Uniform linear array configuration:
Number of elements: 64
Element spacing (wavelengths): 1
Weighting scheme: hann
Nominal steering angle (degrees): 0
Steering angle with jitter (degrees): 1.848
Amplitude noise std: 0.05
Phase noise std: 0.05

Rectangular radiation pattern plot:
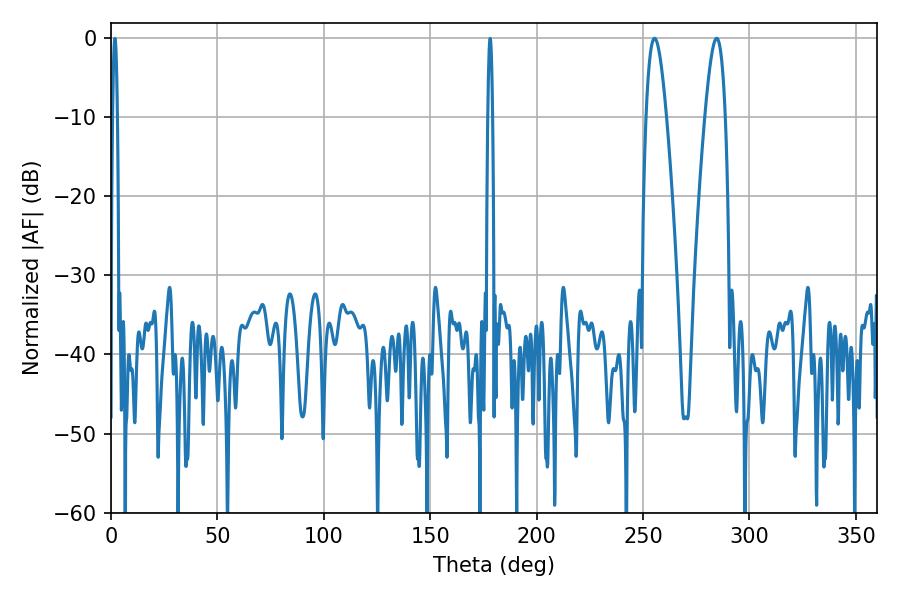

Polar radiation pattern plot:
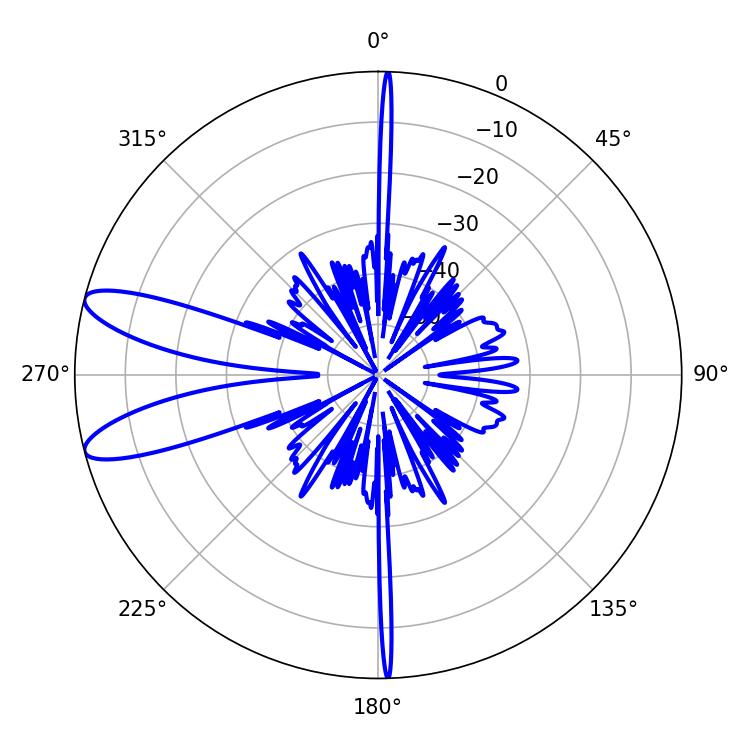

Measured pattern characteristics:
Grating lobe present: TRUE
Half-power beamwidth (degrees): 5.22
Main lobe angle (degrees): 255.42